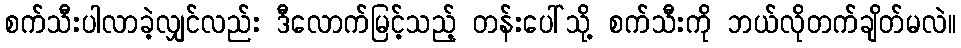
စက်သီးပါလာခဲ့လျှင်လည်း ဒီလောက်မြင့်သည့် တန်းပေါ်သို့ စက်သီးကို ဘယ်လိုတက်ချိတ်မလဲ။